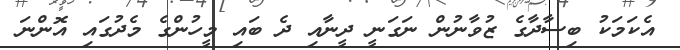
އެކަމަކު ބިސާދާގެ ޒުވާނުން ނަގަނީ ދީނާއި ދެ ބައި މީހުންގެ މެދުގައި އޮންނަ